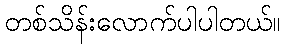
တစ်သိန်းလောက်ပါပါတယ်။